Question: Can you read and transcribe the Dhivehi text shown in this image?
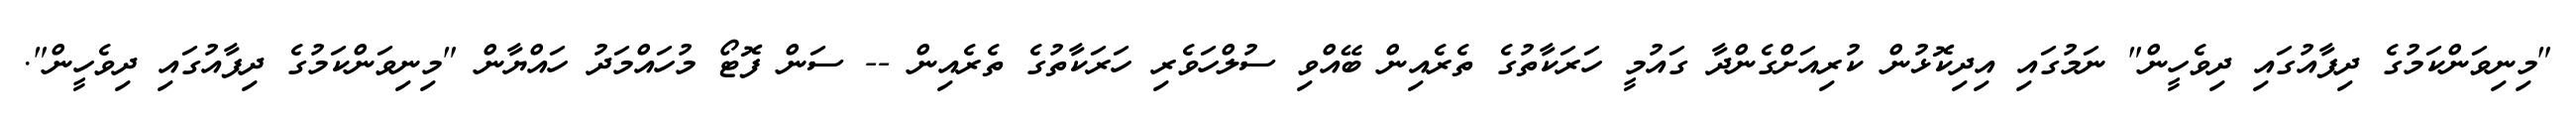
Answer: "މިނިވަންކަމުގެ ދިފާއުގައި ދިވެހީން" ނަމުގައި އިދިކޮޅުން ކުރިއަށްގެންދާ ގައުމީ ހަރަކާތުގެ ތެރެއިން ބޭއްވި ސުލްހަވެރި ހަރަކާތުގެ ތެރެއިން -- ސަން ފޮޓޯ މުހައްމަދު ހައްޔާން "މިނިވަންކަމުގެ ދިފާއުގައި ދިވެހީން".